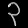
Digit: ၃